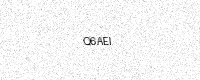
Text: Q6AEI